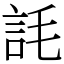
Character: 䚽